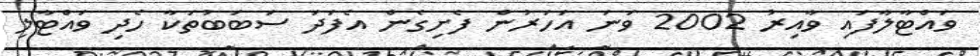
ވައްޓާލާފައި ވާއިރު 2002 ވަނަ އަހަރުން ފެށިގެން އެފަދަ ސަބަބުތަކާ ހެދި ވައްޓާލި